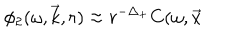
LaTeX: \phi _ { 2 } ( \omega , \vec { k } , r ) \approx r ^ { - \Delta _ { + } } C ( \omega , \vec { x }